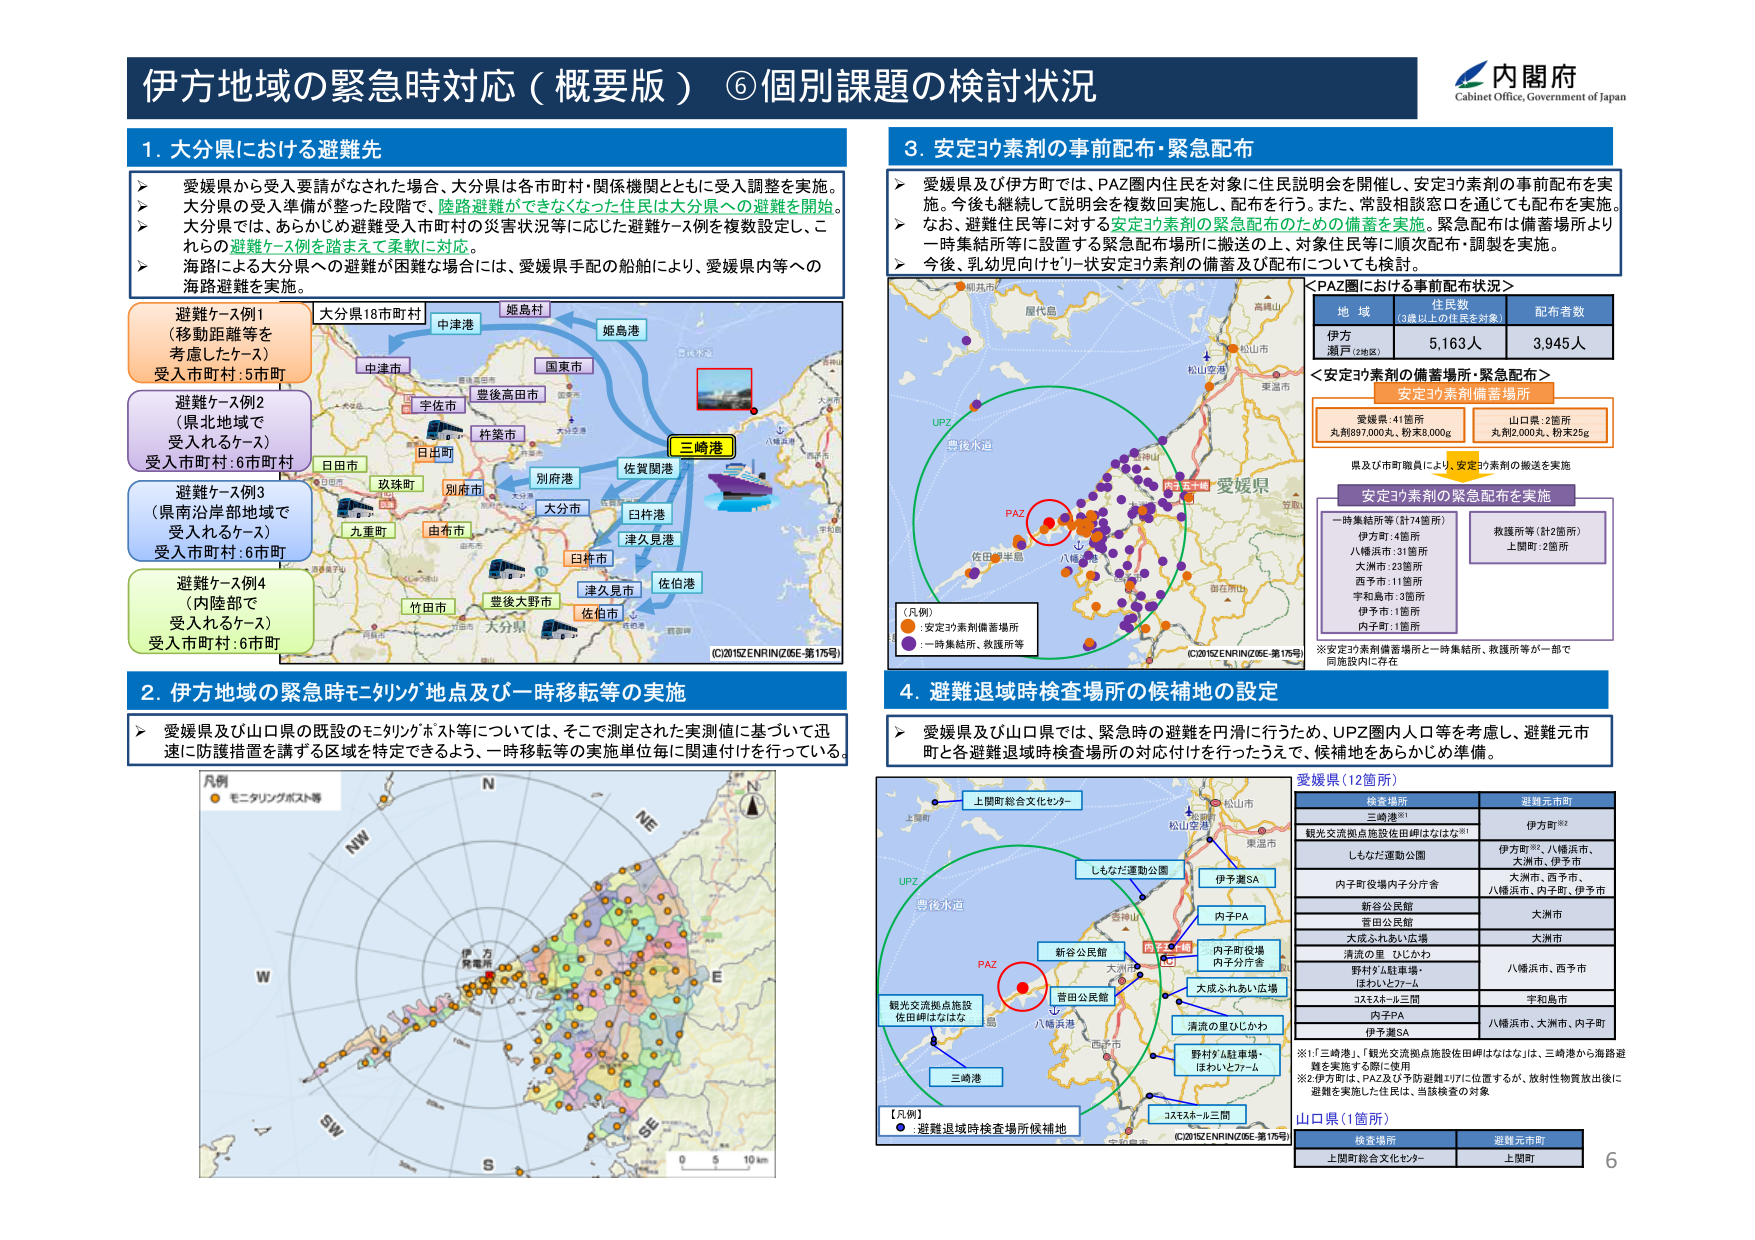
伊方地域の緊急時対応（概要版）⑥個別課題の検討状況
内閣府
Cabinet Office, Government of Japan

1. 大分県における避難先
→ 愛媛県から受入要請がなされた場合、大分県は各市町村・関係機関とともに受入調整を実施。
→ 大分県の受入準備が整った段階で、陸路避難ができなくなった住民は大分県への避難を開始。
→ 大分県では、あらかじめ避難受入市町村の災害状況等に応じた避難ケース例を複数設定し、これらの避難ケース例を踏まえて柔軟に対応。
→ 海路による大分県への避難が困難な場合には、愛媛県手配の船舶により、愛媛県内等への海路避難を実施。

避難ケース例1
（移動距離等を考慮したケース）
受入市町村：5市町

避難ケース例2
（県北地域で受入れるケース）
受入市町村：6市町村

避難ケース例3
（県南沿岸部地域で受入れるケース）
受入市町村：6市町

避難ケース例4
（内陸部で受入れるケース）
受入市町村：6市町

大分県18市町村
中津港
姫島村
姫島港
国東市
豊後高田市
宇佐市
杵築市
日田市
玖珠町
別府市
大分市
佐賀関港
日什港
津久見港
佐伯港
日什市
竹田市
豊後大野市
津久見市
佐伯市
（C)2015ZENRIN(Z06E-第175号）

2. 伊方地域の緊急時モニタリング地点及び一時移転等の実施
→ 愛媛県及び山口県の既設のモニタリングポスト等については、そこで測定された実測値に基づいて迅速に防護措置を講ずる区域を特定できるよう、一時移転等の実施単位毎に関連付けを行っている。

凡例
● モニタリングポスト等

N
NE
E
SE
S
SW
W
NW

伊方発電所

3. 安定ヨウ素剤の事前配布・緊急配布
→ 愛媛県及び伊方町では、PAZ圏内住民を対象に住民説明会を開催し、安定ヨウ素剤の事前配布を実施。今後も継続して説明会を複数回実施し、配布を行う。また、常設相談窓口を通じても配布を実施。
→ なお、避難住民等に対する安定ヨウ素剤の緊急配布のための備蓄を実施。緊急配布は備蓄場所より一時集結所等に設置する緊急配布場所に搬送の上、対象住民等に順次配布・調製を実施。
→ 今後、乳幼児向けセリーサ安定ヨウ素剤の備蓄及び配布についても検討。

＜PAZ圏における事前配布状況＞
地域 住民数（3歳以上の住民を対象） 配布者数
伊方 5,163人 3,945人
瀬戸（2地区）

＜安定ヨウ素剤の備蓄場所・緊急配布＞
安定ヨウ素剤備蓄場所
愛媛県：41箇所 丸剤87,000丸、粉末8,000g
山口県：2箇所 丸剤2,000丸、粉末25g

県及び市町職員により、安定ヨウ素剤の搬送を実施

安定ヨウ素剤の緊急配布を実施
一時集結所等（計74箇所）
伊方町：4箇所
八幡浜市：31箇所
大洲市：23箇所
西予市：11箇所
宇和島市：3箇所
伊予市：1箇所
内子町：1箇所

救援所等（計2箇所）
上関町：2箇所

※安定ヨウ素剤備蓄場所と一時集結所、救援所等が一部で同施設内に存在

（凡例）
●：安定ヨウ素剤備蓄場所
●：一時集結所、救援所等

PAZ
UPZ
愛媛県
松山空港
松山市
東温市
八幡浜市
西予市
宇和島市
大洲市
伊予市
内子町
（C)2015ZENRIN(Z06E-第175号）

4. 避難退域時検査場所の候補地の設定
→ 愛媛県及び山口県では、緊急時の避難を円滑に行うため、UPZ圏内人口等を考慮し、避難元市町と各避難退域時検査場所の対応付けを行ったうえで、候補地をあらかじめ準備。

愛媛県（12箇所）
検査場所 避難元市町
三崎港※1 伊方町※2
観光交流拠点施設佐田岬はなはな※1 伊方町※2、八幡浜市、大洲市、伊予市
しもなだ運動公園 大洲市、西予市、八幡浜市、内子町、伊予市
内子町役場内子分庁舎
新谷公民館 大洲市
菅田公民館
大成ふれあい広場
清流の里 ひしがわ 八幡浜市、西予市
野村ダム駐車場・ほわいとファーム
コスモスホール三間 宇和島市
内子PA
伊予東SA 八幡浜市、大洲市、内子町

※1「三崎港」、「観光交流拠点施設佐田岬はなはな」は、三崎港から海路避難を実施する際に使用
※2伊方町は、PAZ及び予防避難エリアに位置するが、放射性物質放出後に避難を実施した住民は、当該検査の対象

山口県（1箇所）
検査場所 避難元市町
上関町総合文化センター 上関町

【凡例】
●：避難退域時検査場所候補地

上関町総合文化センター
しもなだ運動公園
伊予東SA
内子PA
内子町役場内子分庁舎
大成ふれあい広場
清流の里ひしがわ
野村ダム駐車場・ほわいとファーム
コスモスホール三間
菅田公民館
三崎港
観光交流拠点施設佐田岬はなはな
PAZ
UPZ
愛媛県
松山空港
松山市
東温市
八幡浜市
西予市
宇和島市
大洲市
伊予市
内子町
（C)2015ZENRIN(Z06E-第175号）

6